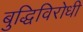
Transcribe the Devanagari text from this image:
बुद्धिविरोधी